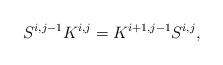
LaTeX: \begin{align*}S^{i, j-1}K^{i, j}=K^{i+1, j-1}S^{i, j},\end{align*}